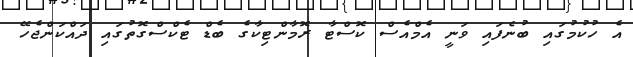
އެ ހުކުމުގައި ބުނެފައި ވަނީ އެމްއެސް ކޮސްޓާ ރޮމާންޓިކާގެ ބެޑް ޓެކްސްގޮތުގައި ދައްކަންޖެހޭ